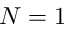
N = 1